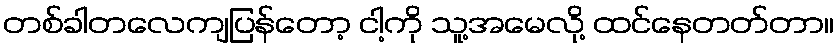
တစ်ခါတလေကျပြန်တော့ ငါ့ကို သူ့အမေလို့ ထင်နေတတ်တာ။